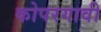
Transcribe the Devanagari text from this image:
कोपरगावी